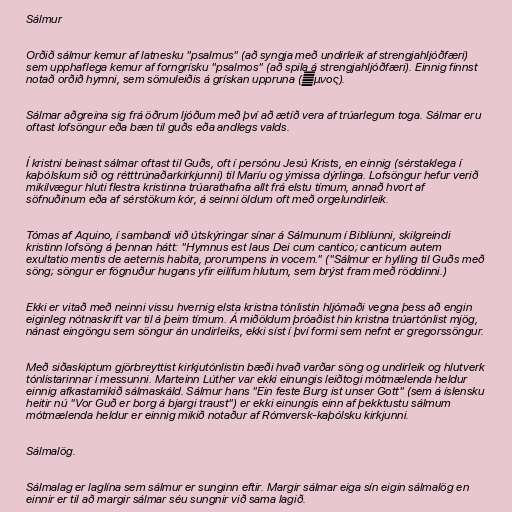
Sálmur

Orðið sálmur kemur af latnesku "psalmus" (að syngja með undirleik af strengjahljóðfæri)
sem upphaflega kemur af forngrísku "psalmos" (að spila á strengjahljóðfæri). Einnig finnst
notað orðið hymni, sem sömuleiðis á grískan uppruna (ὕμνος).

Sálmar aðgreina sig frá öðrum ljóðum með því að ætíð vera af trúarlegum toga. Sálmar eru
oftast lofsöngur eða bæn til guðs eða andlegs valds.

Í kristni beinast sálmar oftast til Guðs, oft í persónu Jesú Krists, en einnig (sérstaklega í
kaþólskum sið og rétttrúnaðarkirkjunni) til Maríu og ýmissa dýrlinga. Lofsöngur hefur verið
mikilvægur hluti flestra kristinna trúarathafna allt frá elstu tímum, annað hvort af
söfnuðinum eða af sérstökum kór, á seinni öldum oft með orgelundirleik.

Tómas af Aquino, í sambandi við útskýringar sínar á Sálmunum í Biblíunni, skilgreindi
kristinn lofsöng á þennan hátt: "Hymnus est laus Dei cum cantico; canticum autem
exultatio mentis de aeternis habita, prorumpens in vocem." ("Sálmur er hylling til Guðs með
söng; söngur er fögnuður hugans yfir eilífum hlutum, sem brýst fram með röddinni.)

Ekki er vitað með neinni vissu hvernig elsta kristna tónlistin hljómaði vegna þess að engin
eiginleg nótnaskrift var til á þeim tímum. Á miðöldum þróaðist hin kristna trúartónlist mjög,
nánast eingöngu sem söngur án undirleiks, ekki síst í því formi sem nefnt er gregorssöngur.

Með siðaskiptum gjörbreyttist kirkjutónlistin bæði hvað varðar söng og undirleik og hlutverk
tónlistarinnar í messunni. Marteinn Lúther var ekki einungis leiðtogi mótmælenda heldur
einnig afkastamikið sálmaskáld. Sálmur hans "Ein feste Burg ist unser Gott" (sem á íslensku
heitir nú "Vor Guð er borg á bjargi traust") er ekki einungis einn af þekktustu sálmum
mótmælenda heldur er einnig mikið notaður af Rómversk-kaþólsku kirkjunni.

Sálmalög.

Sálmalag er laglína sem sálmur er sunginn eftir. Margir sálmar eiga sín eigin sálmalög en
einnir er til að margir sálmar séu sungnir við sama lagið.